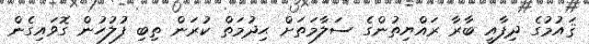
ޤައުމުގެ ދިފާއީ ބާރާ ރައްޔިތުންގެ ސަލާމަތަށް ޙިދުމަތް ކުރަން ތިބި ފުލުހުން ގޮވައިގެން